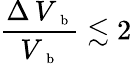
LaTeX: \frac{\Delta\, V_{\mathrm{~\scriptsize~b~}}}{V_{\mathrm{~\scriptsize~b~}}}\lesssim 2\